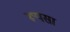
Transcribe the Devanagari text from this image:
रूपसा